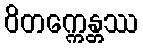
ဝိတက္ကေန္တဿ